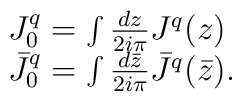
\begin{array}{lcr}J_{0}^q=\int {dz\over 2i\pi}J^q(z)\\ \bar{J}_{0}^q=\int{d{\bar{z}} \over {2i\pi}}{\bar{J}}^{q}(\bar z).\end{array}